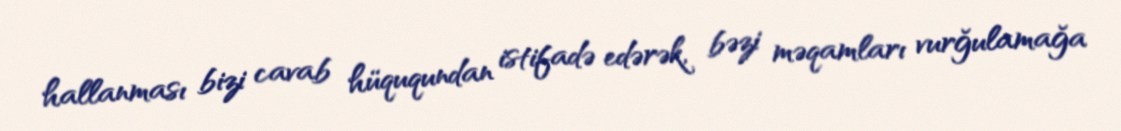
hallanması bizi cavab hüququndan istifadə edərək, bəzi məqamları vurğulamağa